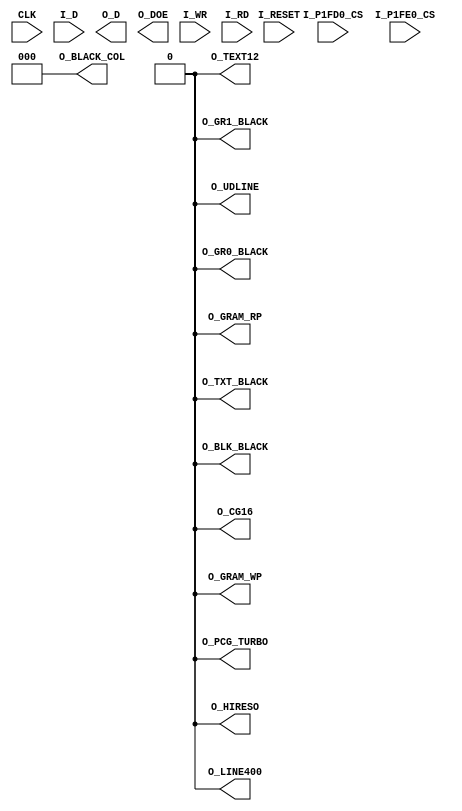
//------------------------------------------------------------------------------
//
//	nx1_tmode.v : ese x1 module
//
//  LICENSE : "as-is"
//  TakeshiNagashima(T.NG) caramelgete@gmail.com
//------------------------------------------------------------------------------
//  2013/dec/28 release 0.0  modifyed and downgrade for de1(altera cyclone2)
//  2014/jan/10 release 0.1  preview
//
//------------------------------------------------------------------------------

//--------------------------------------------------------------------------------------
//
//	original copyright 
//
//--------------------------------------------------------------------------------------
/****************************************************************************
	X1 turbo mode switch controll

	Version 050413

	Copyright(C) 2005 Tatsuyuki Satoh

	This software is provided "AS IS", with NO WARRANTY.
	NON-COMMERCIAL USE ONLY

	Histry:
		2005. 4.13 Create

	Note:

	Distributing all and a part is prohibited. 
	Because this version is developer-alpha version.

****************************************************************************/

module nx1_tmode #(
	parameter	def_X1TURBO=0			// 0=X1 , 1=X1turbo (subset yet) , 2=X1TURBOZ (future...)
) (
  I_RESET,
  CLK,
  I_D,
  O_D,
  O_DOE,
  I_WR,
  I_RD,
//
  I_P1FD0_CS,
  I_P1FE0_CS,
// Port 1FD0
  O_HIRESO,
  O_LINE400,
  O_TEXT12,
  O_GRAM_RP,
  O_GRAM_WP,
  O_PCG_TURBO,
  O_CG16,
  O_UDLINE,
// Port 1FE0
  O_BLACK_COL,
  O_TXT_BLACK,
  O_GR0_BLACK,
  O_GR1_BLACK,
  O_BLK_BLACK
);

input I_RESET;
input CLK;
input [7:0] I_D;
output [7:0] O_D;
output O_DOE;
input I_WR;
input I_RD;

input I_P1FD0_CS;
input I_P1FE0_CS;
//input I_P1FF0_CS;

output  O_HIRESO;
output  O_LINE400;
output  O_TEXT12;
output  O_GRAM_RP;
output  O_GRAM_WP;
output  O_PCG_TURBO;
output  O_CG16;
output  O_UDLINE;
// Port 1FE0
output [2:0] O_BLACK_COL;
output  O_TXT_BLACK;
output  O_GR0_BLACK;
output  O_GR1_BLACK;
output  O_BLK_BLACK;


/////////////////////////////////////////////////////////////////////////////
// Port1FD0
/////////////////////////////////////////////////////////////////////////////
reg [7:0] latch_1fd0;
reg [6:0] latch_1fe0;

always @(posedge CLK)
begin
  if(I_RESET)
  begin
    latch_1fd0 <= 8'h00;
    latch_1fe0 <= 7'h00;
  end else begin
    if(I_P1FD0_CS & I_WR)
      latch_1fd0 <= I_D;
    if(I_P1FE0_CS & I_WR)
      latch_1fe0 <= I_D[6:0];
  end
end

assign O_HIRESO    = (def_X1TURBO==0) ? 1'b0 : latch_1fd0[0];
assign O_LINE400   = (def_X1TURBO==0) ? 1'b0 : latch_1fd0[1];
assign O_TEXT12    = (def_X1TURBO==0) ? 1'b0 : latch_1fd0[2];
assign O_GRAM_RP   = (def_X1TURBO==0) ? 1'b0 : latch_1fd0[3];
assign O_GRAM_WP   = (def_X1TURBO==0) ? 1'b0 : latch_1fd0[4];
assign O_PCG_TURBO = (def_X1TURBO==0) ? 1'b0 : latch_1fd0[5];
assign O_CG16      = (def_X1TURBO==0) ? 1'b0 : latch_1fd0[6];
assign O_UDLINE    = (def_X1TURBO==0) ? 1'b0 : latch_1fd0[7];

assign O_BLACK_COL = (def_X1TURBO==0) ? 3'b0 : latch_1fe0[2:0];
assign O_TXT_BLACK = (def_X1TURBO==0) ? 1'b0 : latch_1fe0[3];
assign O_GR0_BLACK = (def_X1TURBO==0) ? 1'b0 : latch_1fe0[4];
assign O_GR1_BLACK = (def_X1TURBO==0) ? 1'b0 : latch_1fe0[5];
assign O_BLK_BLACK = (def_X1TURBO==0) ? 1'b0 : latch_1fe0[6];

endmodule